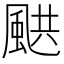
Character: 𩗄